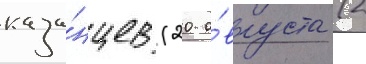
каза́нцев (20 а́вгуста (2